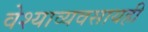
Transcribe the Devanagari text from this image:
वेश्याव्यवसायही